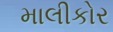
માલીકોર